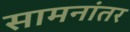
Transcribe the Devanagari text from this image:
सामनांतर